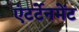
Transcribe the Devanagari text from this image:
एंटर्टेनमेंट